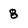
Character: 8